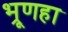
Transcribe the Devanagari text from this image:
भ्रूणहा